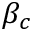
\beta _ { c }